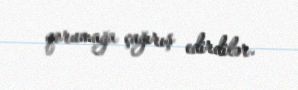
qorumağa çağırış edirdilər.